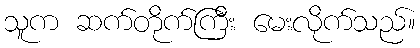
သူက ဆက်တိုက်ကြီး မေးလိုက်သည်။